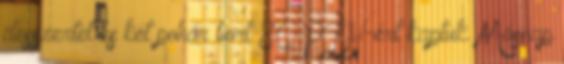
desszertet és két pohár bort 80 PLN-ért kaptuk. Másnap